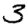
Digit: 3